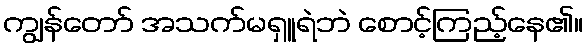
ကျွန်တော် အသက်မရှူရဲဘဲ စောင့်ကြည့်နေ၏။